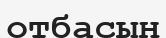
отбасын